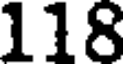
118